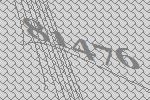
81476